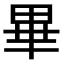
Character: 畢